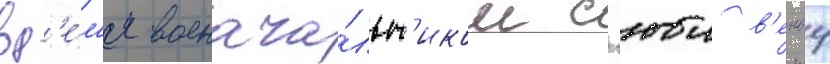
вр'е́м'я военача́льн'иком с'юи в'енву